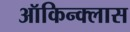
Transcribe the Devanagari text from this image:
ऑकिन्क्लास